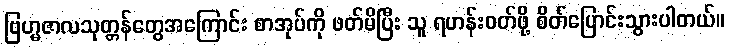
ဗြဟ္မဇာလသုတ္တန်တွေအကြောင်း စာအုပ်ကို ဖတ်မိပြီး သူ ရဟန်းဝတ်ဖို့ စိတ်ပြောင်းသွားပါတယ်။